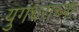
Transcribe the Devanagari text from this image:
युगंधराच्या